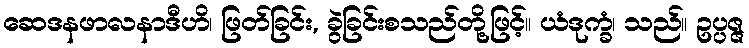
ဆေဒနဖာလနာဒီဟိ၊ ဖြတ်ခြင်း, ခွဲခြင်းစသည်တို့ဖြင့်။ ယံဒုက္ခံ၊ သည်။ ဥပ္ပဇ္ဇ